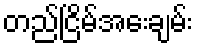
တည်ငြိမ်အေးချမ်း